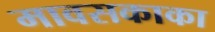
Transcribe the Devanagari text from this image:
मावसकाका